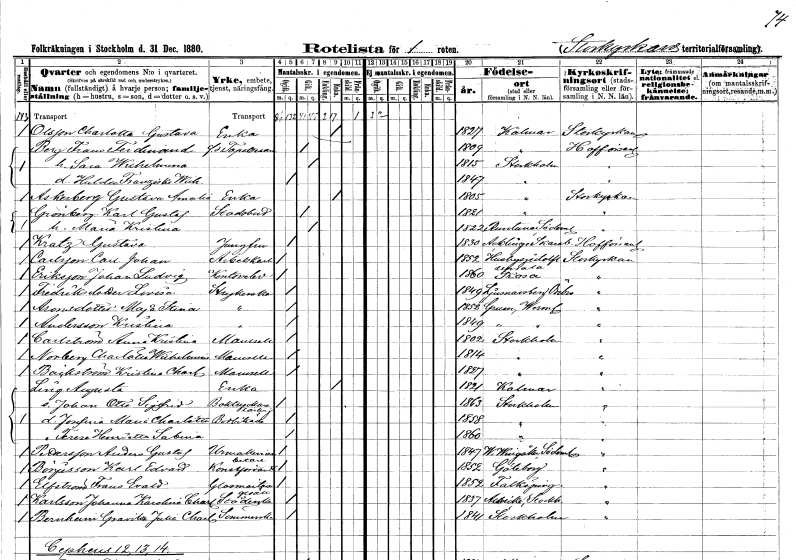
gt_parse: households: individuals: FN: Charlotta Gustava
EN: Olsson
YRKE: Änka
KON: K
CIV: E
FODAR: 1827
FODFORS: Kalmar Kalmar län
FN: Frans Ferdinand
EN: Berg
YRKE: Tapetserare f.d.
KON: M
CIV: G
FODAR: 1809
FODFORS: Kalmar Kalmar län
FN: Sara Wilhelmina
KON: K
CIV: G
FODAR: 1815
FODFORS: Stockholm
FN: Hulda Franziska Wilhelmina
KON: K
CIV: O
FODAR: 1847
FODFORS: Stockholm
FN: Gustava Amalia
EN: Askerberg
YRKE: Änka
KON: K
CIV: E
FODAR: 1805
FODFORS: Stockholm
FN: Karl Gustaf
EN: Grönberg
YRKE: Stadsbud
KON: M
CIV: G
FODAR: 1821
FODFORS: Stockholm
FN: Maria Kristina
KON: K
CIV: G
FODAR: 1822
FODFORS: Runtuna Södermanlands län
FN: Gustava
EN: Kratz
YRKE: Jungfru
KON: K
CIV: O
FODAR: 1830
FODFORS: Acklinga Skaraborgs län
FN: Carl Johan
EN: Carlsson
YRKE: Arbetskarl
KON: M
CIV: O
FODAR: 1852
FODFORS: Husby-Sjutolft Uppsala län
FN: Johan Ludvig
EN: Eriksson
YRKE: Kontorselev
KON: M
CIV: O
FODAR: 1860
FODFORS: Trosa Södermanlands län
FN: Lovisa
EN: Fredriksdotter
YRKE: Strykerska
KON: K
CIV: O
FODAR: 1849
FODFORS: Ljusnarsberg Örebro län
FN: Maja Stina
EN: Aronsdotter
YRKE: Strykerska
KON: K
CIV: O
FODAR: 1858
FODFORS: Grums Värmlands län
FN: Kristina
EN: Andersson
YRKE: Strykerska
KON: K
CIV: O
FODAR: 1849
FODFORS: Grums Värmlands län
FN: Anna Kristina
EN: Carlström
KON: K
CIV: O
FODAR: 1802
FODFORS: Stockholm
FN: Charlotta Wilhelmina
EN: Norberg
KON: K
CIV: O
FODAR: 1814
FODFORS: Stockholm
FN: Kristina Charlotta
EN: Bäckström
KON: K
CIV: O
FODAR: 1827
FODFORS: Stockholm
FN: Augusta
EN: Ling
YRKE: Änka
KON: K
CIV: E
FODAR: 1821
FODFORS: Kalmar Kalmar län
FN: Johan Otto Sigfrid
YRKE: Boktryckerilärling
KON: M
CIV: O
FODAR: 1863
FODFORS: Stockholm
FN: Josefina Maria Charlotta
YRKE: Bodbiträde
KON: K
CIV: O
FODAR: 1858
FODFORS: Stockholm
FN: Terese Henrietta Sabina
KON: K
CIV: O
FODAR: 1860
FODFORS: Stockholm
FN: Anders Gustaf
EN: Pettersson
YRKE: Urmakeriarbetare
KON: M
CIV: O
FODAR: 1847
FODFORS: Västra Vingåker Södermanlands län
FN: Karl Edvard
EN: Börjesson
YRKE: Konstförvandt
KON: M
CIV: O
FODAR: 1852
FODFORS: Göteborg Göteborgs- och Bohuslän
FN: Frans Evald
EN: Elfström
YRKE: Glasmästaregesäll
KON: M
CIV: O
FODAR: 1852
FODFORS: Falköping Skaraborgs län
FN: Johanna Karolina Charlotta
EN: Karlsson
YRKE: Städerska
KON: K
CIV: O
FODAR: 1837
FODFORS: Alsike Uppsala län
FN: Davida Julia Charlotta
EN: Bernham
YRKE: Sömmerska
KON: K
CIV: O
FODAR: 1841
FODFORS: Stockholm